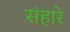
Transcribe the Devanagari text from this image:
संहारे